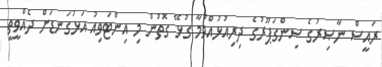
ރައީސް ނާޞިރުގެ ސިންގަޕޫރުގެ ދިރިއުޅުއްވުމާ ގުޅޭ ގޮތުން މި އިންޓަވިއު އަޅުގަނޑަށް ދެއްވީތީ